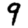
Digit: 9